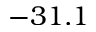
- 3 1 . 1